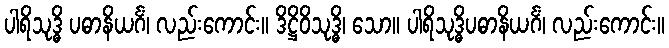
ပါရိသုဒ္ဓိ ပဓာနိယင်္ဂံ၊ လည်းကောင်း။ ဒိဋ္ဌိဝိသုဒ္ဓိ၊ သော။ ပါရိသုဒ္ဓိပဓာနိယင်္ဂံ၊ လည်းကောင်း။